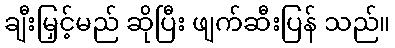
ချီးမြှင့်မည် ဆိုပြီး ဖျက်ဆီးပြန် သည်။